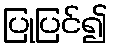
ပြုပြင်၍